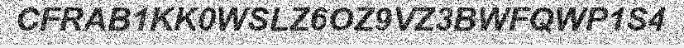
CFRAB1KK0WSLZ6OZ9VZ3BWFQWP1S4